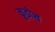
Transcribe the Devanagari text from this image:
कूडोस